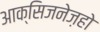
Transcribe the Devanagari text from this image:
आक्सिजनेज़हो